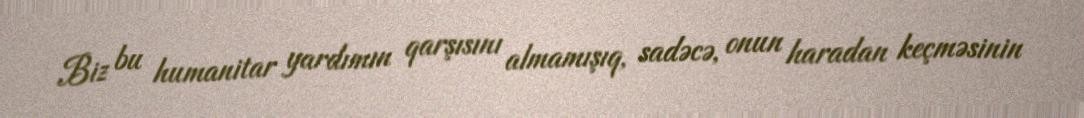
Biz bu humanitar yardımın qarşısını almamışıq, sadəcə, onun haradan keçməsinin